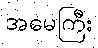
အမေကြီး